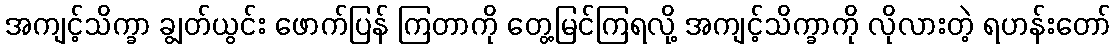
အကျင့်သိက္ခာ ချွတ်ယွင်း ဖောက်ပြန် ကြတာကို တွေ့မြင်ကြရလို့ အကျင့်သိက္ခာကို လိုလားတဲ့ ရဟန်းတော်